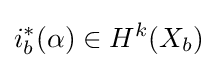
i_{b}^{*}(\alpha )\in H^{k}(X_{b})